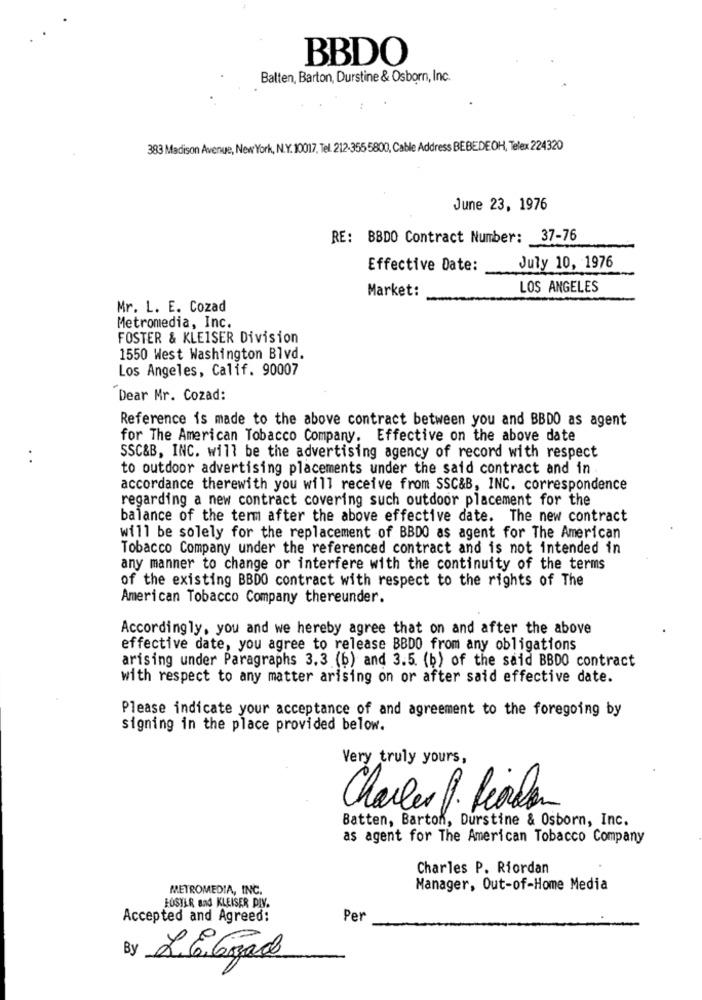
BBDO
Balten, Barton, Durstine & Osborn, Inc.
383 Madison Avenue, New York, N.Y. 10017, Tel. 212-355 5800, Cable Address BEBEDEOH, Telex 224320
June 23, 1976
RE: BBDO Contract Number: 37-76
Effective Date:
July 10, 1976
Market:
LOS ANGELES
Mr. L. E. Cozad
Metromedia, Inc.
FOSTER & KLEISER Division
1550 West Washington Blvd.
Los Angeles, Calif. 90007
Dear Mr. Cozad:
Reference is made to the above contract between you and BBDO as agent
for The American Tobacco Company. Effective on the above date
SSC&B, INC. will be the advertising agency of record with respect
to outdoor advertising placements under the said contract and in.
accordance therewith you will receive from SSC&B, INC. correspondence
regarding a new contract covering such outdoor placement for the
balance of the term after the above effective date. The new contract
will be solely for the replacement of BBDO as agent for The American
Tobacco Company under the referenced contract and is not intended in
any manner to change or interfere with the continuity of the terms
of the existing BBDO contract with respect to the rights of The
American Tobacco Company thereunder.
Accordingly, you and we hereby agree that on and after the above
effective date, you agree to release BBDO from any obligations
arising under Paragraphs 3.3 (b) and 3.5 (b) of the said BBDO contract
with respect to any matter arising on or after said effective date.
Please indicate your acceptance of and agreement to the foregoing by
signing in the place provided below.
Very truly yours,
Charles P. föralan
Batten, Barton, Durstine & Osborn, Inc.
as agent for The American Tobacco Company
Charles P. Riordan
METROMEDIA, INC.
Manager, Out-of-Home Media
FUSTER Bad KLEISER PIV.
Accepted and Agreed:
Per
By L.G. Gozado